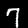
Digit: 7